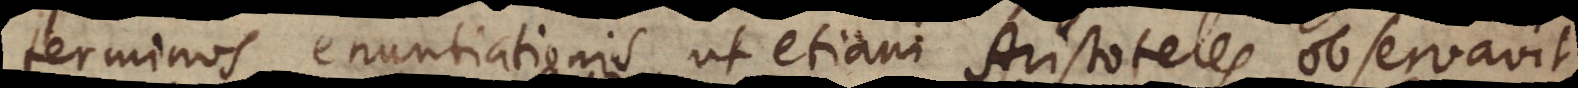
terminos enuntiationis, ut etiam Aristoteles observavit.